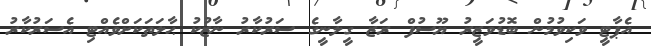
އެޕާޓީ ވަކިވުމުން ބޮޑުވަޒީރު ޔޫސުފް ރަޒާ ގީލާނީގެ ސަރުކާރު ނާޒުކު ޙާލަތަކަށްވެއްޓި އެސަރުކާރު